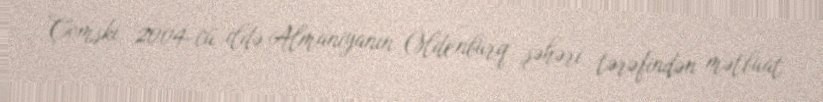
Çomski 2004-cü ildə Almaniyanın Oldenburq şəhəri tərəfindən mətbuat